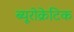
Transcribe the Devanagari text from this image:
ब्यूरोक्रेटिक